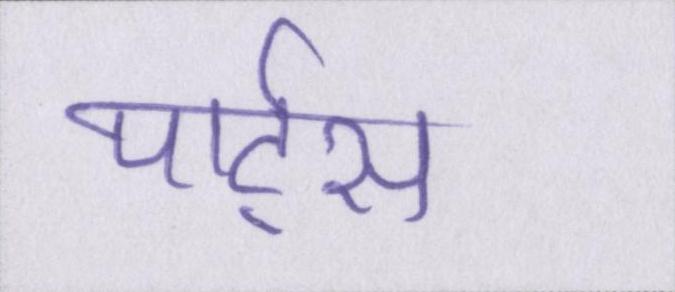
पार्ट्स